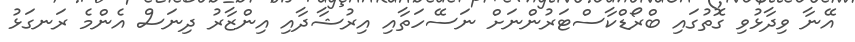
އޭނާ ވިދާޅުވި ގޮތުގައި ބްރޯޑްކާސްޓަރުންނަށް ނަސޭހަތާއި އިރުޝާދާއި އިންޒާރު ދިނަސް އެންމެ ރަނގަޅު